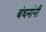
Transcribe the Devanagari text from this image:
बंधनांनी